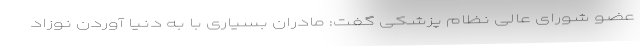
عضو شورای عالی نظام پزشکی گفت: مادران بسیاری با به دنیا آوردن نوزاد